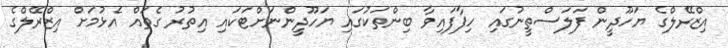
އިޒްރޭލްގެ ޔަހޫދީން ފަލަސްތީނުގައި ހިފާފައިވާ ބިންތަކުގައި ޔަހޫދީންނަށްޓަކައި އިތުރު ގެތައް އެޅުމަށް އިޒްރޭލްގެ